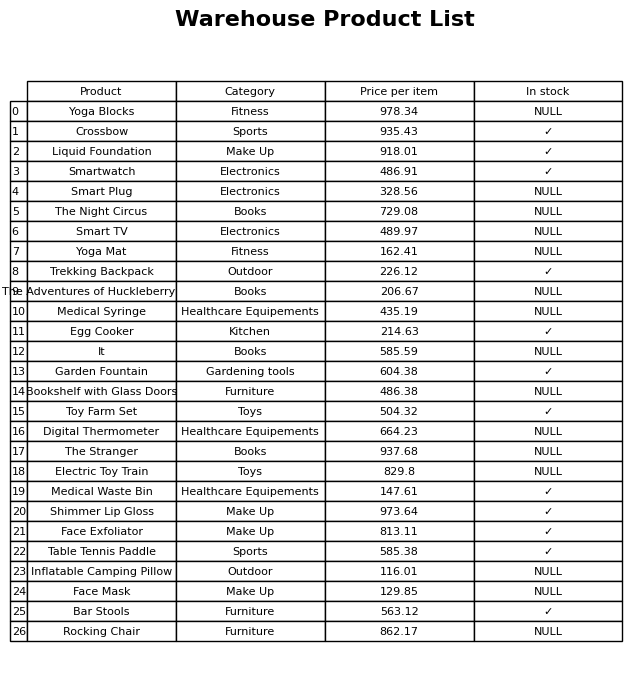
question: What is the price of the Face Exfoliator?
answer: The price of Face Exfoliator is 813.11.